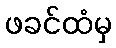
ဖခင်ထံမှ